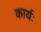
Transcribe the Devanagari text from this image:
कार्यः